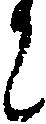
ニ